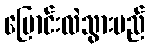
ပြောင်းလဲသွားမည်